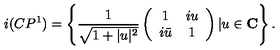
i ( C P ^ { 1 } ) = \left\{ \frac { 1 } { \sqrt { 1 + | u | ^ { 2 } } } \left( \begin{array} { c c } { 1 } & { i u } \\ { i \bar { u } } & { 1 } \\ \end{array} \right) | u \in \bf C \right\} .